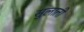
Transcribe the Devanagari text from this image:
सुलाती